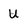
Character: U